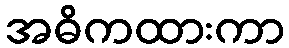
အဓိကထားကာ